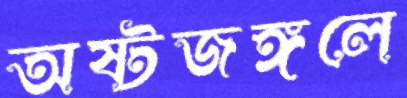
অষ্টজঙ্গলে